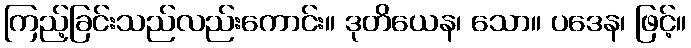
ကြည့်ခြင်းသည်လည်းကောင်း။ ဒုတိယေန၊ သော။ ပဒေန၊ ဖြင့်။